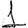
Digit: 1